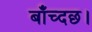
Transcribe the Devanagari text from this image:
बाँच्दछ।